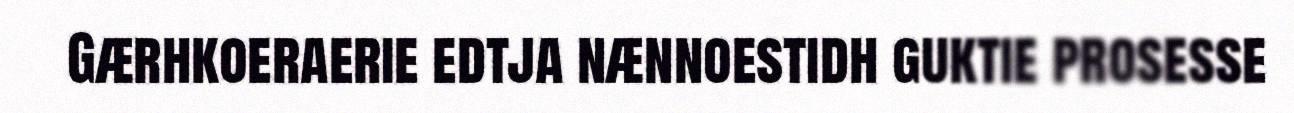
Gærhkoeraerie edtja nænnoestidh guktie prosesse